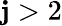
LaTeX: \mathbf{j}>2